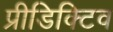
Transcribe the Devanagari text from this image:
प्रीडिक्टिव